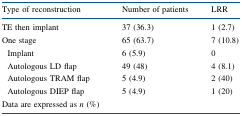
| Type of reconstruction | Number of patients | LRR |
 | --- | --- | --- |
 | TE then implant | 37 (36.3) | 1 (2.7) |
 | One stage | 65 (63.7) | 7 (10.8) |
 | Implant | 6 (5.9) | 0 |
 | Autologous LD flap | 49 (48) | 4 (8.1) |
 | Autologous TRAM flap | 5 (4.9) | 2 (40) |
 | Autologous DIEP flap | 5 (4.9) | 1 (20) |
 | Data are expressed as n (%) |  |  |